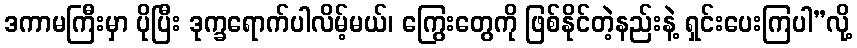
ဒကာမကြီးမှာ ပိုပြီး ဒုက္ခရောက်ပါလိမ့်မယ်၊ ကြွေးတွေကို ဖြစ်နိုင်တဲ့နည်းနဲ့ ရှင်းပေးကြပါ”လို့